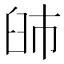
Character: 䑔